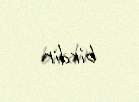
birdir.